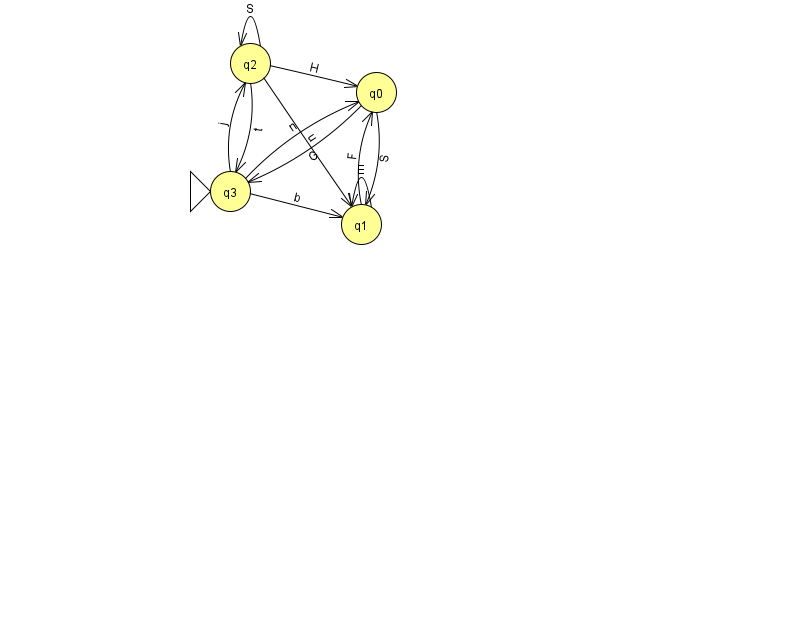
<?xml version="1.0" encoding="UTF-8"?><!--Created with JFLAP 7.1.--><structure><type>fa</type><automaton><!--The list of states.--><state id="0" name="q0"><x>376.0</x><y>79.0</y></state><state id="1" name="q1"><x>361.0</x><y>211.0</y></state><state id="2" name="q2"><x>250.0</x><y>50.0</y></state><state id="3" name="q3"><x>230.0</x><y>178.0</y><initial/></state><!--The list of transitions.--><transition><from>1</from><to>0</to><read>F</read></transition><transition><from>3</from><to>2</to><read>j</read></transition><transition><from>2</from><to>0</to><read>H</read></transition><transition><from>2</from><to>2</to><read>S</read></transition><transition><from>0</from><to>3</to><read>G</read></transition><transition><from>0</from><to>1</to><read>S</read></transition><transition><from>1</from><to>1</to><read>E</read></transition><transition><from>3</from><to>1</to><read>b</read></transition><transition><from>2</from><to>1</to><read>u</read></transition><transition><from>2</from><to>3</to><read>t</read></transition><transition><from>3</from><to>0</to><read>n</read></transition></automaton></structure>